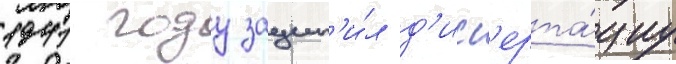
1941 году защит'и́л д'исс'ерта́циу